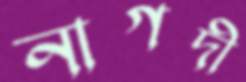
নাগদী